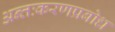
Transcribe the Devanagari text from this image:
अन्तःकरणप्रबोध